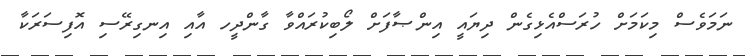
ނަމަވެސް މިކަމަށް ހުރަސްއެޅިގެން ދިޔައީ އިންޞާފަށް ލޯބިކުރައްވާ ގާންދީހ އާއި އިނގިރޭސި އޮފިސަރަކާ